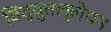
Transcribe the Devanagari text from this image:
विद्युतल्लेपन